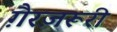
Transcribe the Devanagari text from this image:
ग़ैरज़रूरी